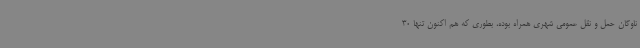
ناوگان حمل و نقل عمومی شهری همراه بوده، بطوری که هم اکنون تنها 30